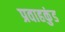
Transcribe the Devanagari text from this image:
प्रवाहकुंड